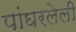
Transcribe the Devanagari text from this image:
पांघरलेली